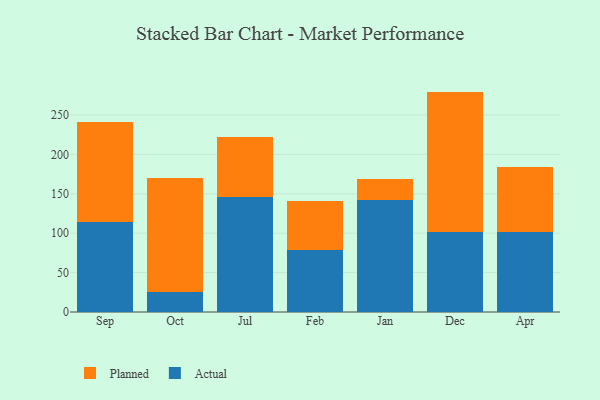
{"axis": {"x": "Month", "y": "Customer Acquisition Cost (USD)"}, "legend": ["Actual", "Planned"], "data": [{"x": "Sep", "y": 113.9, "type": "Actual"}, {"x": "Sep", "y": 127.8, "type": "Planned"}, {"x": "Oct", "y": 25.6, "type": "Actual"}, {"x": "Oct", "y": 144.9, "type": "Planned"}, {"x": "Jul", "y": 145.7, "type": "Actual"}, {"x": "Jul", "y": 75.9, "type": "Planned"}, {"x": "Feb", "y": 78.3, "type": "Actual"}, {"x": "Feb", "y": 62.1, "type": "Planned"}, {"x": "Jan", "y": 141.6, "type": "Actual"}, {"x": "Jan", "y": 27.8, "type": "Planned"}, {"x": "Dec", "y": 101.7, "type": "Actual"}, {"x": "Dec", "y": 178.0, "type": "Planned"}, {"x": "Apr", "y": 101.6, "type": "Actual"}, {"x": "Apr", "y": 82.5, "type": "Planned"}]}